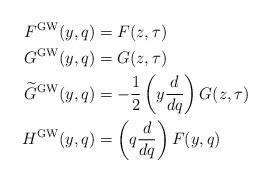
LaTeX: \begin{align*}F^{\textup{GW}}(y,q) & = F(z,\tau) \\G^{\textup{GW}}(y,q) & = G(z,\tau) \\\widetilde{G}^{\textup{GW}}(y,q) & = - \frac{1}{2} \left( y \frac{d}{dq} \right) G(z,\tau) \\H^{\textup{GW}}(y,q) & = \left( q \frac{d}{dq} \right) F(y,q)\end{align*}